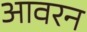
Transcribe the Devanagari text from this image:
आवरन